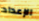
الإعداد